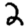
Digit: 2